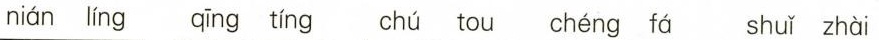
nián líng qīng tíing chú tou chéng fá shuǐ zhài